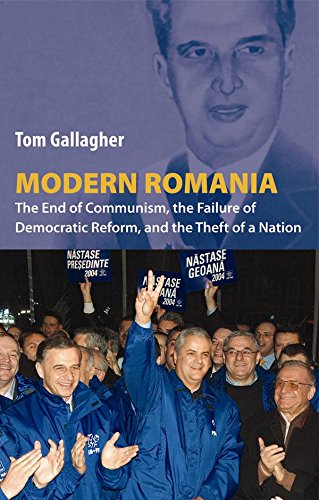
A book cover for Modern Romania: The End of Communism, the Failure of Democratic Reform, and the Theft of a Nation; Tom Gallagher; History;